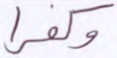
وكفرا